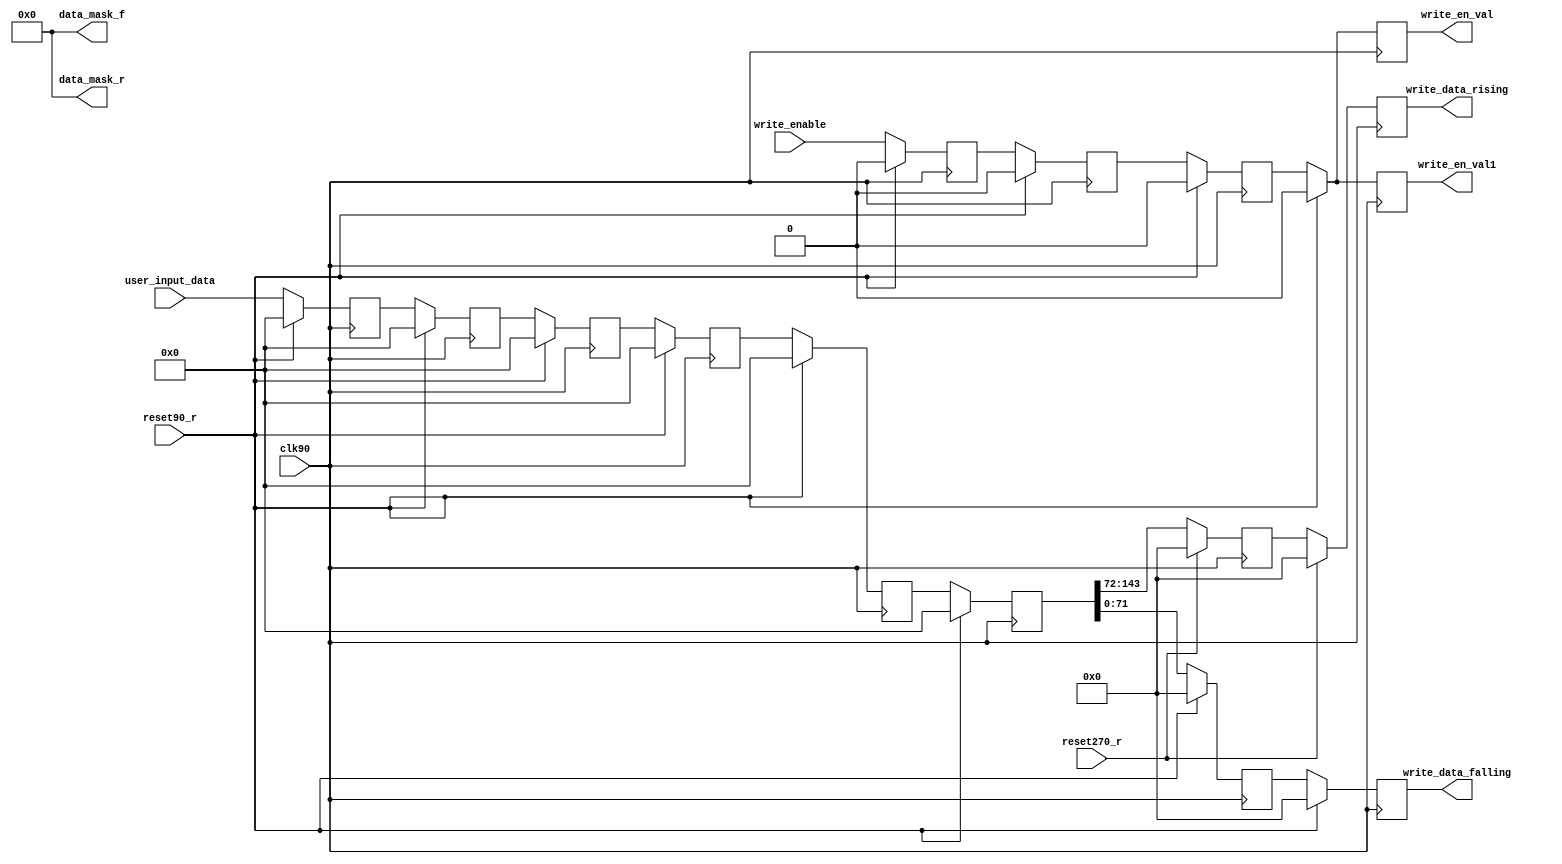
 //******************************************************************************
//
//  Xilinx, Inc. 2002                 www.xilinx.com
//
//
//*******************************************************************************
//  Contact : e-mail  hotline@xilinx.com
//            phone   + 1 800 255 7778 
//
//  Disclaimer: LIMITED WARRANTY AND DISCLAMER. These designs are 
//              provided to you "as is". Xilinx and its licensors make and you 
//              receive no warranties or conditions, express, implied, 
//              statutory or otherwise, and Xilinx specifically disclaims any 
//              implied warranties of merchantability, non-infringement, or 
//              fitness for a particular purpose. Xilinx does not warrant that 
//              the functions contained in these designs will meet your 
//              requirements, or that the operation of these designs will be 
//              uninterrupted or error free, or that defects in the Designs 
//              will be corrected. Furthermore, Xilinx does not warrant or 
//              make any representations regarding use or the results of the 
//              use of the designs in terms of correctness, accuracy, 
//              reliability, or otherwise. 
//
//              LIMITATION OF LIABILITY. In no event will Xilinx or its 
//              licensors be liable for any loss of data, lost profits, cost 
//              or procurement of substitute goods or services, or for any 
//              special, incidental, consequential, or indirect damages 
//              arising from the use or operation of the designs or 
//              accompanying documentation, however caused and on any theory 
//              of liability. This limitation will apply even if Xilinx 
//              has been advised of the possibility of such damage. This 
//              limitation shall apply not-withstanding the failure of the 
//              essential purpose of any limited remedies herein. 
//
//  Copyright  2002 Xilinx, Inc.
//  All rights reserved 
// 
//*****************************************************************************

`timescale 1ns/100ps
module data_write (

     user_input_data,    
     clk90,              
     reset90_r,          
     reset270_r,         
     write_enable,       
     write_en_val,
     write_en_val1,       
     write_data_falling, 
     write_data_rising,  
     data_mask_f,
     data_mask_r
     );


input     [143:0]user_input_data;
input     clk90;              
input     reset90_r;          
input     reset270_r;         
input     write_enable;       
output    write_en_val;  
output    write_en_val1;      
output    [71:0]write_data_falling; 
output    [71:0]write_data_rising;  
output    [8:0]data_mask_f;        
output    [8:0]data_mask_r;   

reg write_en_val;  /* synthesis syn_preserve=1 */ /* synthesis syn_noprune=1 */
reg write_en_val1;  /* synthesis syn_preserve=1 */ /* synthesis syn_noprune=1 */

reg write_en_P1;          
reg write_en_P2;          
reg write_en_P3;          
reg write_en_int;         
reg [143:0]write_data;    
reg [143:0]write_data1;   
reg [143:0]write_data2;   
reg [143:0]write_data3;   
reg [143:0]write_data4;   
reg [143:0]write_data5;   
reg [143:0]write_data6;   
reg [143:0]write_data_int;
reg [71:0]write_data270_1;
reg [71:0]write_data270_2;
  
  
  
assign data_mask_f = 9'b000000000;
assign data_mask_r = 9'b000000000;
     
always@(posedge clk90)
begin
    if (reset90_r == 1'b1)
    begin
       write_data_int   <= 144'd0;
       write_data1      <= 144'd0;
       write_data2      <= 144'd0;
       write_data3      <= 144'd0;
       write_data4      <= 144'd0;
       write_data5      <= 144'd0;
       write_data6      <= 144'd0;
       write_data       <= 144'd0;
    end
    else
    begin
       write_data_int         <= user_input_data;
       write_data1            <= write_data_int;
       write_data2            <= write_data1;
       write_data3            <= write_data2;
       write_data4            <= write_data3;
       write_data5            <= write_data4;
       write_data6            <= write_data5;
       write_data             <= write_data6;
     end
end

always@(negedge clk90)
begin
   if (reset270_r == 1'b1)
   	begin
        write_data270_1  <= 72'd0;
        write_data270_2  <= 72'd0;
        end
   else
   	begin 
        write_data270_1  <= write_data5[143:72];
        write_data270_2  <= write_data270_1;
         end 
end

assign write_data_rising  = write_data270_2;
assign write_data_falling = write_data[71:0];


////--------------------------------------------------------------------------------
// data path for write enable
always@(posedge clk90)
begin
   if(reset90_r== 1'b1)
   begin
    	write_en_P1 <= 1'b0;
    	write_en_P2 <= 1'b0;
    	write_en_P3 <= 1'b0;
   end
   else
   begin 
        write_en_P1 <= write_enable;
        write_en_P2 <= write_en_P1;
        write_en_P3 <= write_en_P2;
    end    
end

always@(negedge clk90)
begin
  if (reset90_r == 1'b1)
  	begin
        write_en_int    <= 1'b0;
        write_en_val    <= 1'b0;
        write_en_val1  <= 1'b0;
        end
  else
  	begin
     	write_en_int   <= write_en_P2;//P2
     	write_en_val   <= write_en_int; //int;
     	write_en_val1 <= write_en_int;
 	end
end

endmodule